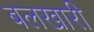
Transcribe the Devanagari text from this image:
बलखारी